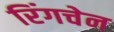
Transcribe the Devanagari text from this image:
रिंगचेन